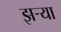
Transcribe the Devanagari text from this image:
झर्‍या